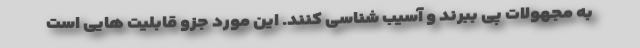
به مجهولات پی ببرند و آسیب شناسی کنند. این مورد جزو قابلیت هایی است